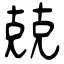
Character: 兢